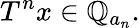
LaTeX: T^{n}x\in\mathbb{Q}_{a_{n}}.